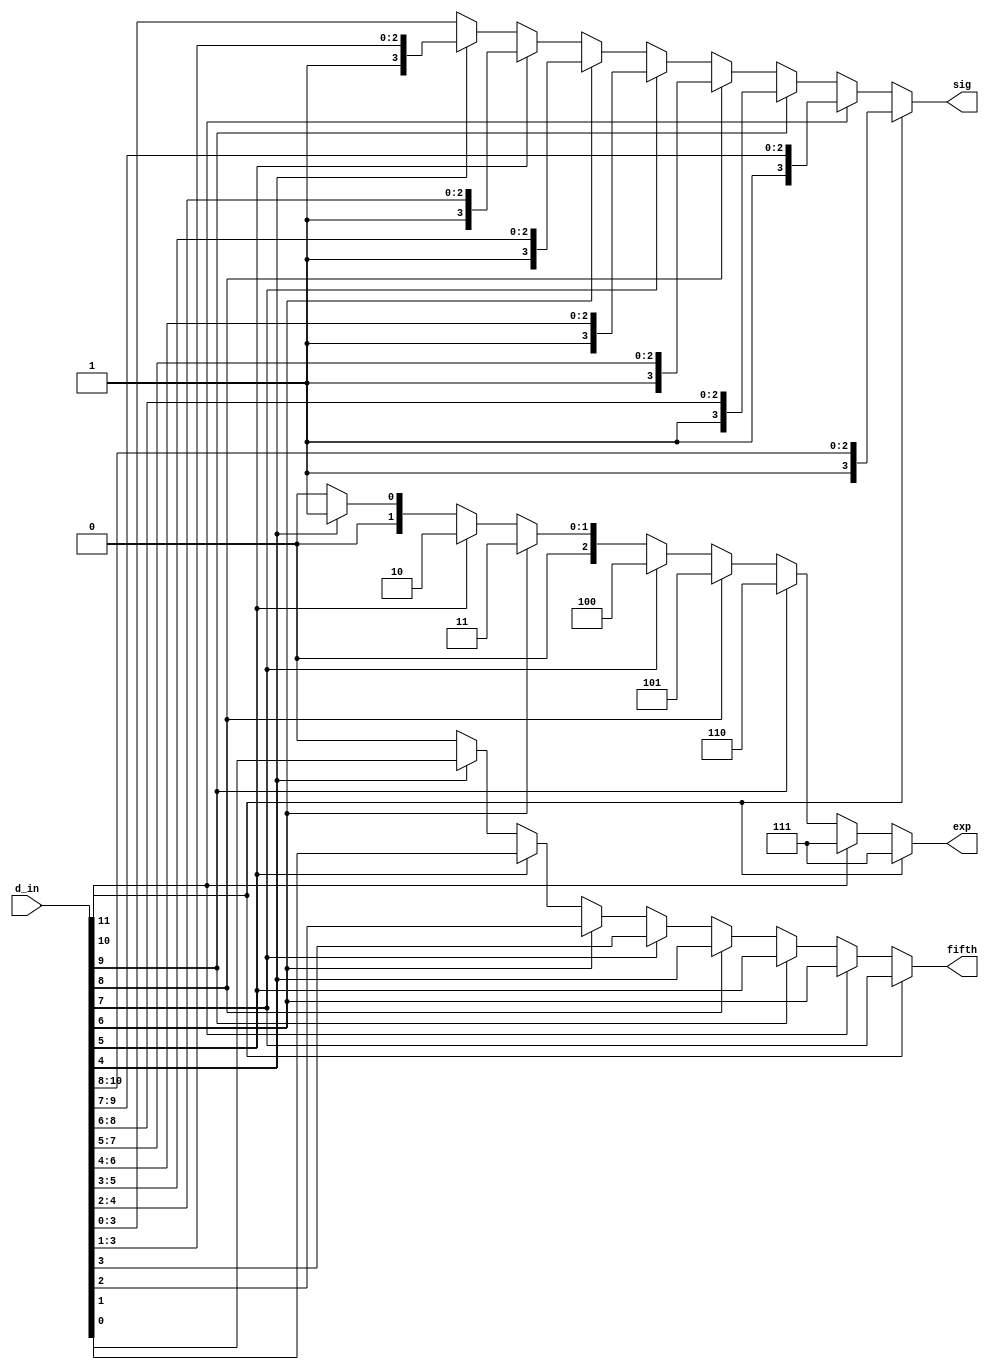
`timescale 1ns / 1ps
//////////////////////////////////////////////////////////////////////////////////
// Company: 
// Engineer: 
// 
// Design Name: 
// Module Name:    linear_to_fp 
// Project Name: 
// Target Devices: 
// Tool versions: 
// Description: 
//
// Dependencies: 
//
// Revision: 
// Revision 0.01 - File Created
// Additional Comments: 
//
//////////////////////////////////////////////////////////////////////////////////
module linear_to_fp( d_in, exp, sig, fifth
    );

input wire [11:0] d_in;
output wire [2:0] exp;
output wire [3:0] sig;
output wire fifth;

//obtaining number of leading zeros to determine exponent
assign exp = (d_in[11] == 1) ? 3'b111 :
	(d_in[10] == 1) ? 3'b111:
	(d_in[9] == 1) ? 3'b110:
	(d_in[8] == 1) ? 3'b101:
	(d_in[7] == 1) ? 3'b100:
	(d_in[6] == 1) ? 3'b011:
	(d_in[5] == 1) ? 3'b010:
	(d_in[4] == 1) ? 3'b001:
	3'b000;

//four bits after the last leading zero
assign sig = (d_in[11] == 1) ? d_in[11:8] :
	(d_in[10] == 1) ? d_in[10:7]:
	(d_in[9] == 1) ? d_in[9:6]:
	(d_in[8] == 1) ? d_in[8:5]:
	(d_in[7] == 1) ? d_in[7:4]:
	(d_in[6] == 1) ? d_in[6:3]:
	(d_in[5] == 1) ? d_in[5:2]:
	(d_in[4] == 1) ? d_in[4:1]:
	d_in[3:0];
	
//bit right after the significand
assign fifth = (d_in[11] == 1) ? d_in[7] :
	(d_in[10] == 1) ? d_in[6]:
	(d_in[9] == 1) ? d_in[5]:
	(d_in[8] == 1) ? d_in[4]:
	(d_in[7] == 1) ? d_in[3]:
	(d_in[6] == 1) ? d_in[2]:
	(d_in[5] == 1) ? d_in[1]:
	(d_in[4] == 1) ? d_in[0]:
	1'b0;

endmodule